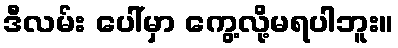
ဒီလမ်း ပေါ်မှာ ကွေ့လို့မရပါဘူး။